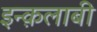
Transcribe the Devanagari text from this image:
इन्क़लाबी